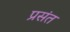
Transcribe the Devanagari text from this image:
प्रसंत